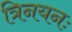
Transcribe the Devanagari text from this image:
त्रिनयनः